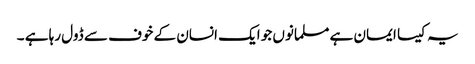
یہ کیسا ایمان ہے مسلمانوں جو ایک انسان کے خوف سے ڈول رہا ہے ۔